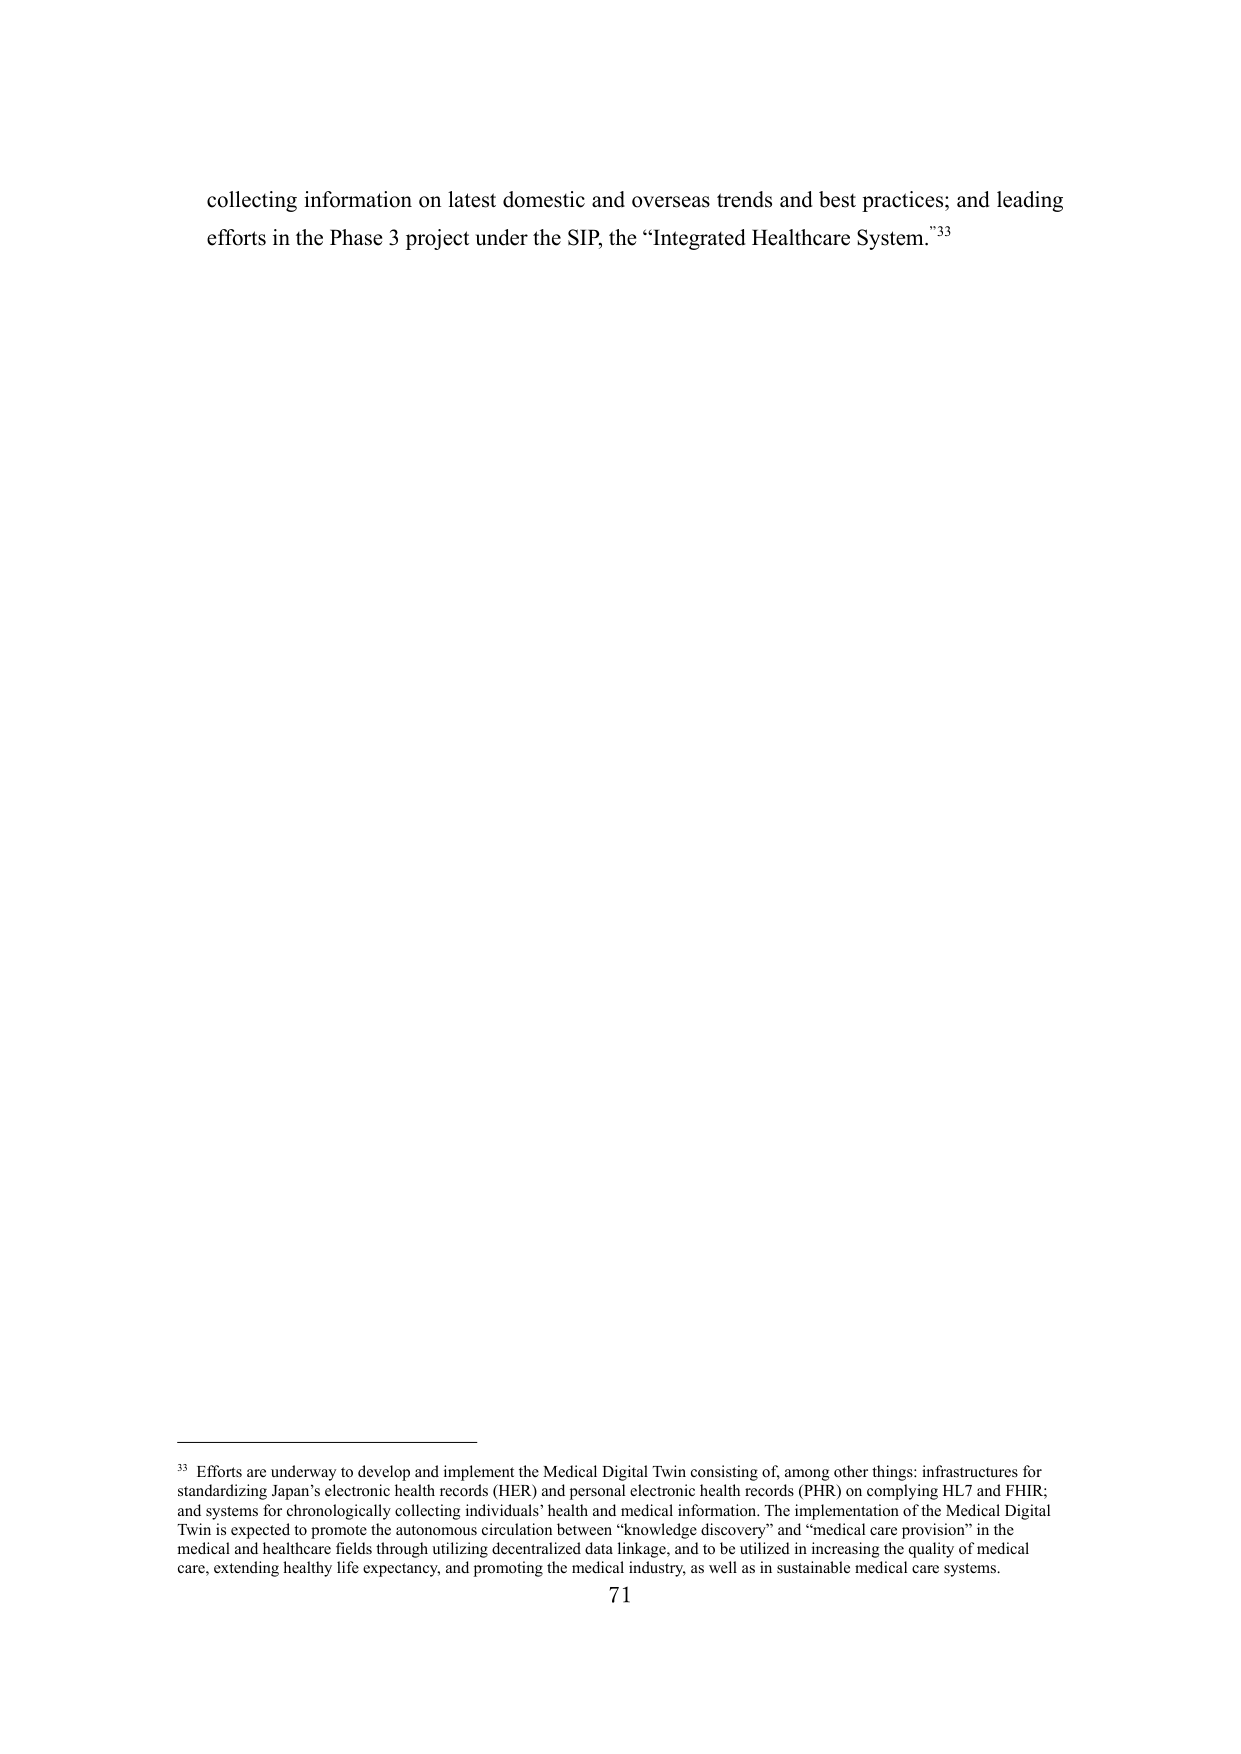
collecting information on latest domestic and overseas trends and best practices; and leading efforts in the Phase 3 project under the SIP, the “Integrated Healthcare System.”³³

³³ Efforts are underway to develop and implement the Medical Digital Twin consisting of, among other things: infrastructures for standardizing Japan’s electronic health records (HER) and personal electronic health records (PHR) on complying HL7 and FHIR; and systems for chronologically collecting individuals’ health and medical information. The implementation of the Medical Digital Twin is expected to promote the autonomous circulation between “knowledge discovery” and “medical care provision” in the medical and healthcare fields through utilizing decentralized data linkage, and to be utilized in increasing the quality of medical care, extending healthy life expectancy, and promoting the medical industry, as well as in sustainable medical care systems.

71